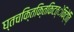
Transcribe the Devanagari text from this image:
घ्तचकि्तकि्तकिटत्ेकिटे्ति्ि